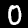
Label: 0